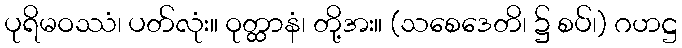
ပုရိမဝဿံ၊ ပတ်လုံး။ ဝုတ္ထာနံ၊ တို့အး။ (သစေဒေတိ၊ ၌ စပ်၊) ဂဟဋ္ဌ